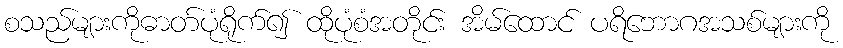
စသည်များကိုဓာတ်ပုံရိုက်၍ ထိုပုံစံအတိုင်း အိမ်ထောင် ပရိဘောဂအသစ်များကို